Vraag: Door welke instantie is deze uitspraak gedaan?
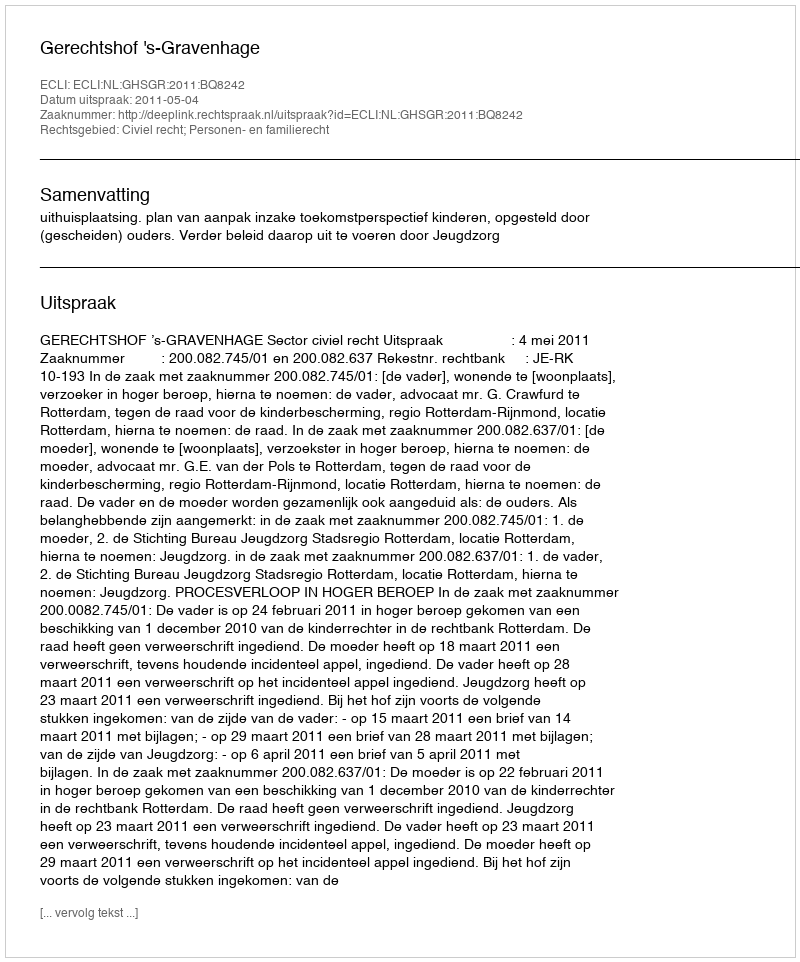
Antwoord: Gerechtshof 's-Gravenhage